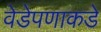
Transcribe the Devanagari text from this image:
वेडेपणाकडे